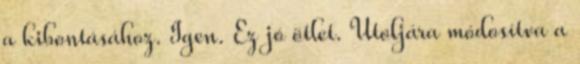
a kibontásához. Igen. Ez jó ötlet. Utoljára módosítva a